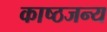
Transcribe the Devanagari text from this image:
काष्ठजन्य